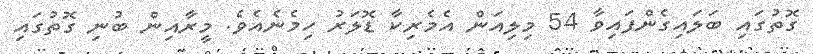
ގޮތުގައި ބަލައިގެންފައިވާ 54 މިލިއަން އެމެރިކާ ޑޮލަރު ހިމެނެއެވެ. މީރާއިން ބުނި ގޮތުގައި